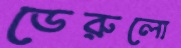
ডেরুলো